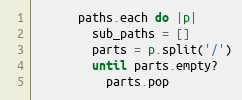
Language: Ruby
      paths.each do |p|
        sub_paths = []
        parts = p.split('/')
        until parts.empty?
          parts.pop